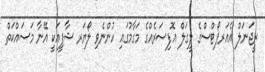
ރީޖަނަލް އެއަރޕޯޓްސްގެ ލީގަލް އޮފިސަރެއްގެ މަގާމުގައި ހުންނެވި ލޯޔަރ ޝާފީއަކީ އޭނާ މަސައްކަތް